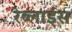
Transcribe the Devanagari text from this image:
रेब्लाईस